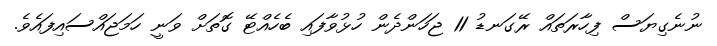
ނުނެގިޔަސް ފިހާރަތައް ރޭގަނޑު 11 ޖަހަންދެން ހުޅުވާފައި ބެހެއްޓޭ ގޮތަށް ވަނީ ހަމަޖައްސައިފައެވެ.